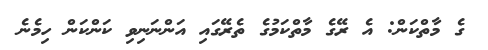
ގެ މާތްކަން: އެ ރޭގެ މާތްކަމުގެ ތެރޭގައި އަންނަނިވި ކަންކަން ހިމެނެ